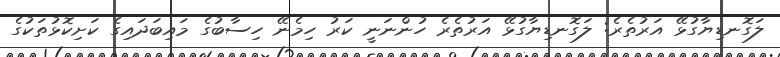
ލަގޮނޑިޔާގުޅޭ އަރުތެރެ: ލަގޮނޑިޔާގުޅޭ އަރުތެރެ ހުންނަނީ ކަރު ހިމެނޭ ހިސާބުގެ މައިބަދައިގެ ކަށިކޮޅުތަކުގެ